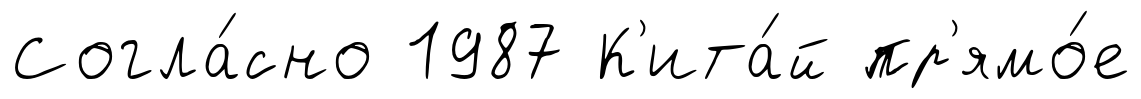
Согла́сно 1987 К'ита́й пр'ямо́е